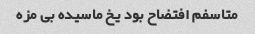
متاسفم افتضاح بود یخ ماسیده بی مزه